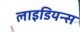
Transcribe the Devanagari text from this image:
लाइडियन्स